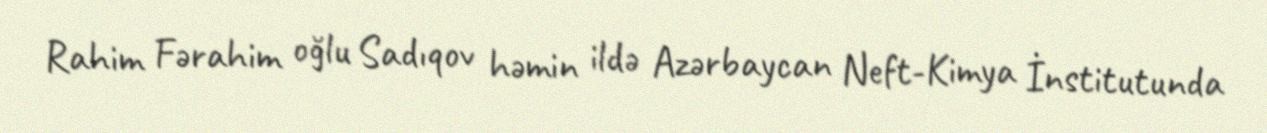
Rahim Fərahim oğlu Sadıqov həmin ildə Azərbaycan Neft-Kimya İnstitutunda